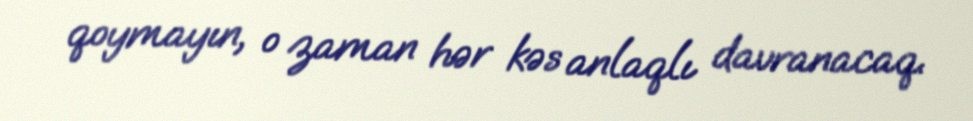
qoymayın, o zaman hər kəs anlaqlı davranacaq.